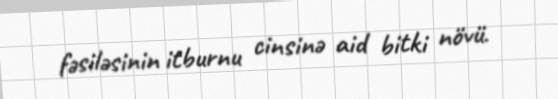
fəsiləsinin i̇tburnu cinsinə aid bitki növü.